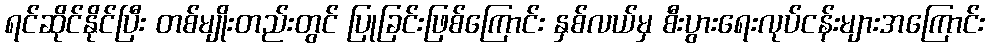
ရင်ဆိုင်နိုင်ပြီး တစ်မျိုးတည်းတွင် ပြုခြင်းဖြစ်ကြောင်း နှစ်လယ်မှ စီးပွားရေးလုပ်ငန်းများအကြောင်း